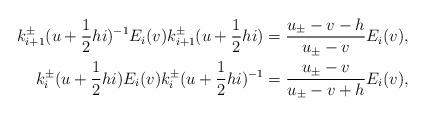
LaTeX: \begin{align*}k_{i+1}^{\pm}(u+\frac{1}{2}hi)^{-1}E_{i}(v)k_{i+1}^{\pm}(u+\frac{1}{2}hi)=\frac{u_{\pm}-v-h}{u_{\pm}-v}E_{i}(v),\\ k_{i}^{\pm}(u+\frac{1}{2}hi)E_{i}(v)k_{i}^{\pm}(u+\frac{1}{2}hi)^{-1}=\frac{u_{\pm}-v}{u_{\pm}-v+h}E_{i}(v),\end{align*}